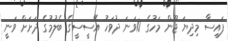
ފައިސާ މިދިޔަ ޖޫން މަހުގެ 10ވަނަ ދުވަހު އޭސީސީގެ ބެލުމުގެ ދަށަށް ވަނީ